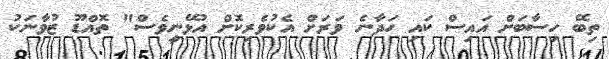
ތިބޭ ހިސާބަށް އައިސް ކައި ހަދާނެ ވަރަށް އެކުވެރިކޮށް އުޅޭނީވެސް" ތޮއްޑޫ ޒުވާނަކު